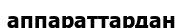
аппараттардан